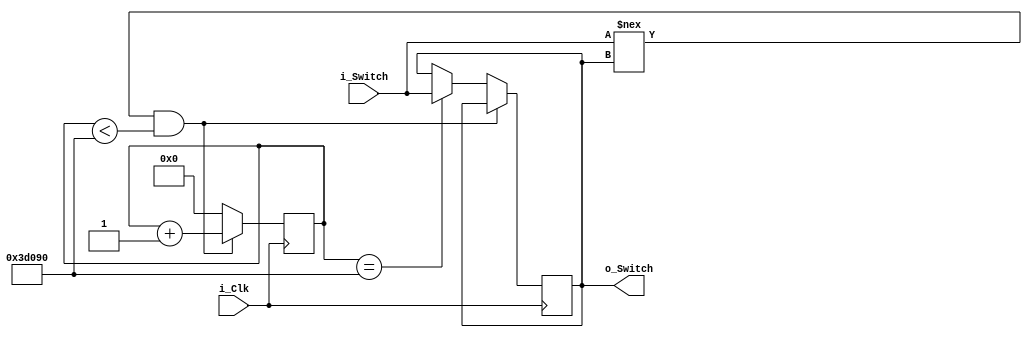
`timescale 1ns / 1ps
//////////////////////////////////////////////////////////////////////////////////
// Company: 
// Engineer: 
// 
// Design Name: 
// Module Name: debouncer_clock
// Project Name: 
// Target Devices: 
// Tool Versions: 
// Description: 
// 
// Dependencies: 
// 
// Revision:
// Revision 0.01 - File Created
// Additional Comments:
// 
//////////////////////////////////////////////////////////////////////////////////


module debouncer_clock(input i_Clk, input i_Switch, output o_Switch);
    
      parameter c_DEBOUNCE_LIMIT = 250000;  // 10 ms at 25 MHz
       
      reg [17:0] r_Count = 0;
      reg r_State = 1'b0;
     
      always @(posedge i_Clk)
      begin
        // Switch input is different than internal switch value, so an input is
        // changing.  Increase the counter until it is stable for enough time.  
        if (i_Switch !== r_State && r_Count < c_DEBOUNCE_LIMIT)
          r_Count <= r_Count + 1;
     
        // End of counter reached, switch is stable, register it, reset counter
        else if (r_Count == c_DEBOUNCE_LIMIT)
        begin
          r_State <= i_Switch;
          r_Count <= 0;
        end 
     
        // Switches are the same state, reset the counter
        else
          r_Count <= 0;
      end
     
      // Assign internal register to output (debounced!)
      assign o_Switch = r_State;
     
    
endmodule